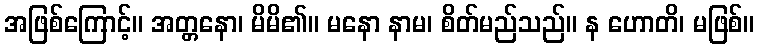
အဖြစ်ကြောင့်။ အတ္တနော၊ မိမိ၏။ မနော နာမ၊ စိတ်မည်သည်။ န ဟောတိ၊ မဖြစ်။